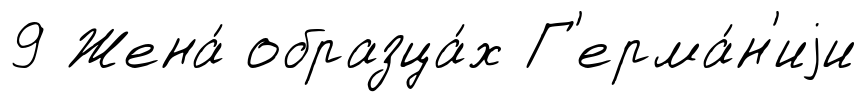
9 Жена́ образца́х Г'ерма́н'иjи